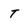
Character: T